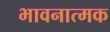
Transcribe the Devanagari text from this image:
भावनात्मक